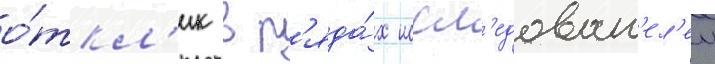
о́ткл'ик в р'яда́х иссл'едоват'ел'еи